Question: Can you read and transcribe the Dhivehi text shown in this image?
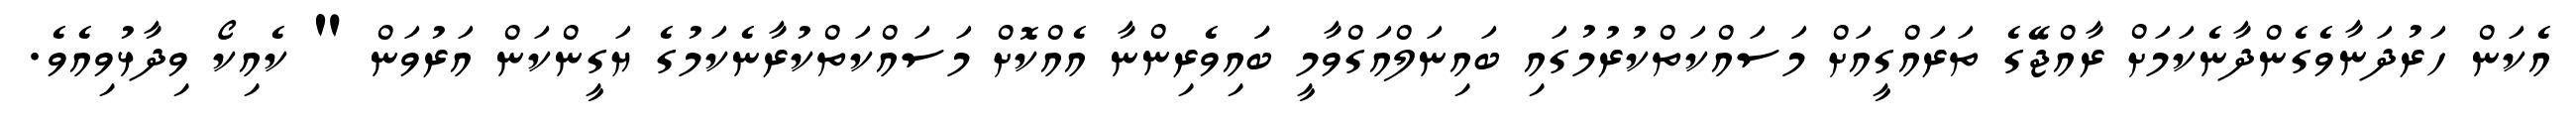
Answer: އެކަން ހަރުދަނާވެގެންދާނެކަމަށް ރާއްޖޭގެ ތަރައްގީއަށް މަސައްކަތްކުރުމުގައި ބައިނަލްއަގްވާމީ ބަައިވެރިންނާ އެއްކޮށް މަސައްކަތްކުރާނެކަމުގެ ޔަގީންކަން އަރުވަން " ކެއިކޯ ވިދާޅުވިއެވެ.